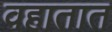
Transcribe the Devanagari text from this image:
वहातात